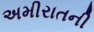
અમીરાતની